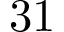
3 1